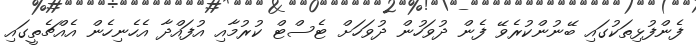
ފެންފުޅިތަކުގައި ބޭނުންކުރެވޭ ފެން ދުވަހުން ދުވަހަށް ޓެސްޓް ކުރުމާއި އުފައްދާ އެހެނިހެން އެއްޗެތީގައި